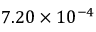
7 . 2 0 \times 1 0 ^ { - 4 }